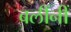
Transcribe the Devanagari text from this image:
बलींनीं